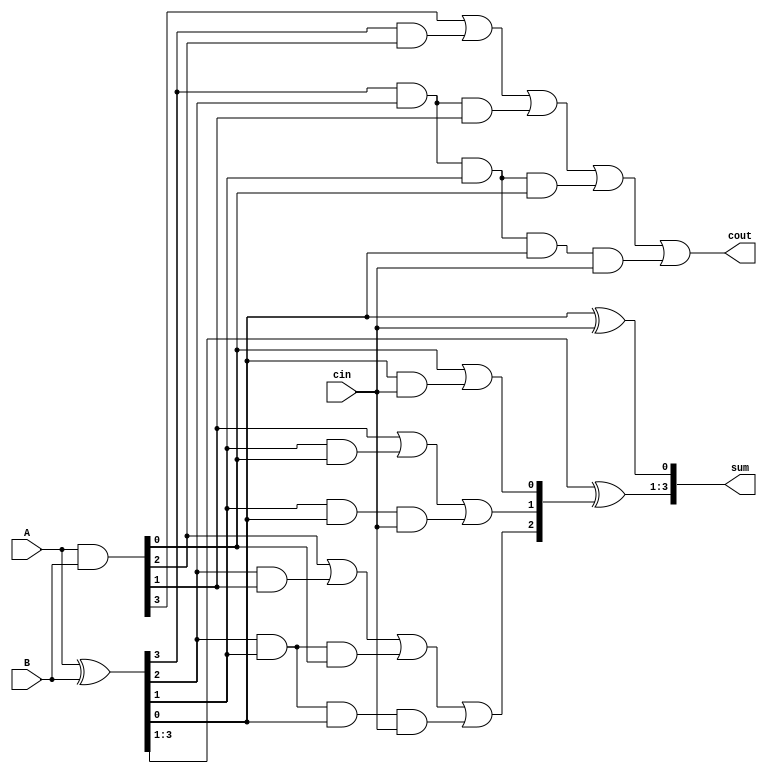
`timescale 1ns / 1ps
//////////////////////////////////////////////////////////////////////////////////
// Company: 
// Engineer: 
// 
// Design Name: 
// Module Name:    CLA 
// Project Name: 
// Target Devices: 
// Tool versions: 
// Description: 
//
// Dependencies: 
//
// Revision: 
// Revision 0.01 - File Created
// Additional Comments: 
//
//////////////////////////////////////////////////////////////////////////////////
module CLA_4bit(
	A, B, cin, sum, cout);
	
	input [3:0] A;
	input	[3:0] B;
	input cin;
	
	output [3:0] sum;
	output cout;
	
	wire [3:0] G;
	wire [3:0] P;
	wire [2:0] C;
	
	assign G = A & B;
	assign P = A ^ B;
	
	assign GG = G[3] | (P[3] & G[2]) | (P[3] & P[2] & G[1]) | (P[3] & P[2] & P[1] & G[0]);
	assign PP = P[3] & P[2] & P[1] & P[0];
	
	assign C[0] = G[0] | (P[0] & cin);
	assign C[1] = G[1] | (P[1] & G[0]) | (P[1] & P[0] & cin);
	assign C[2] = G[2] | (P[2] & G[1]) | (P[2] & P[1] & G[0]) | (P[2] & P[1] & P[0] & cin);
	assign cout = GG | (PP & cin);
	
	assign sum[0] = P[0] ^ cin;
	assign sum[3:1] = P[3:1] ^ C[2:0]; 
	

endmodule
	


module CLA_32bit(
	A, B, cin, sum, cout,
	CLK, RESETn
    );
	 
	 input [31:0] A;
	 input [31:0] B;
	 input cin;
	 output reg [31:0]sum;
	 output reg cout;
	 
	 input CLK, RESETn;
	 
	 wire [7:0] C;
	 wire [31:0] S;
	 wire CO;

	 
	 CLA_4bit U0(A[3:0], B[3:0], cin, S[3:0], C[0]);
	 CLA_4bit U1(A[7:4], B[7:4], C[0], S[7:4], C[1]);
	 CLA_4bit U2(A[11:8], B[11:8], C[1], S[11:8], C[2]);
	 CLA_4bit U3(A[15:12], B[15:12], C[2], S[15:12], C[3]);
	 CLA_4bit U4(A[19:16], B[19:16], C[3], S[19:16], C[4]);
	 CLA_4bit U5(A[23:20], B[23:20], C[4], S[23:20], C[5]);
	 CLA_4bit U6(A[27:24], B[27:24], C[5], S[27:24], C[6]);
	 CLA_4bit U7(A[31:28], B[31:28], C[6], S[31:28], CO);

	 always@(posedge CLK, negedge RESETn) begin
		if(!RESETn) begin
			sum <= 0;
			cout <= 0;
		end else begin
			sum <= S;
			cout <= CO;
		end
	 end

endmodule


module pipe_CLA_32bit(
	A, B, cin, sum, cout,
	CLK, RESETn
    );
	 
	 input [31:0] A;
	 input [31:0] B;
	 input cin;
	 output reg [31:0]sum;
	 output reg cout;
	 
	 input CLK, RESETn;
	 
	 wire [7:0] C;
	 wire [31:0] S;
	 wire CO;
	 
	 reg p_C;
	 reg [31:16] p_A, p_B, p_S;
	 
	 CLA_4bit U0(A[3:0], B[3:0], cin, S[3:0], C[0]);
	 CLA_4bit U1(A[7:4], B[7:4], C[0], S[7:4], C[1]);
	 CLA_4bit U2(A[11:8], B[11:8], C[1], S[11:8], C[2]);
	 CLA_4bit U3(A[15:12], B[15:12], C[2], S[15:12], C[3]);
	 CLA_4bit U4(p_A[19:16], p_B[19:16], p_C, S[19:16], C[4]);
	 CLA_4bit U5(p_A[23:20], p_B[23:20], C[4], S[23:20], C[5]);
	 CLA_4bit U6(p_A[27:24], p_B[27:24], C[5], S[27:24], C[6]);
	 CLA_4bit U7(p_A[31:28], p_B[31:28], C[6], S[31:28], CO);


	 always@(posedge CLK, negedge RESETn) begin
		if(!RESETn) begin
			sum <= 0;
			cout <= 0;
			p_A <= 0;
			p_B <= 0;
			p_S <= 0;
			p_C <= 0;
		end else begin
			sum[15:0] <= p_S;
			sum[31:16] <= S[31:16];
			cout <= CO;
			p_A <= A[31:16];
			p_B <= B[31:16];
			p_S <= S[15:0];
			p_C <= C[3];
		end
	 end
	 
endmodule